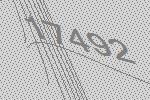
17492